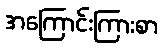
အကြောင်းကြားစာ